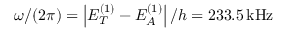
\omega / ( 2 \pi ) = \left| E _ { T } ^ { ( 1 ) } - E _ { A } ^ { ( 1 ) } \right| / h = 2 3 3 . 5 \, \mathrm { { k H z } }